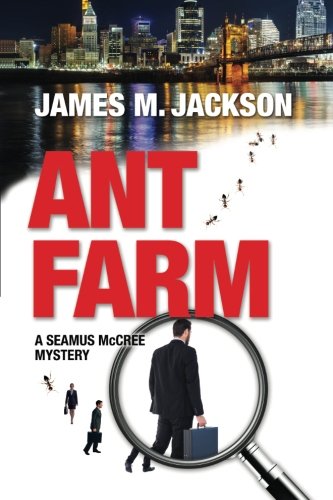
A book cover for Ant Farm (Seamus McCree Mysteries); James M. Jackson; Mystery, Thriller & Suspense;